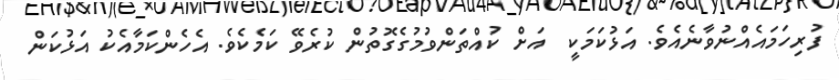
ފުރިހަމައެއްނުވާނެއެވެ. އަޅުކަމަކީ  އަށް ކުއްތަންވުމުގެގޮތުން ކުރެވޭ ކަމެކެވެ. އެހެންކަމާއެކު އަޅުކަން